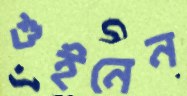
শুইনেন